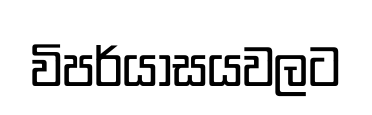
විපර්යාසයවලට